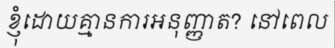
ខ្ញុំដោយគ្មានការអនុញ្ញាត? នៅពេល